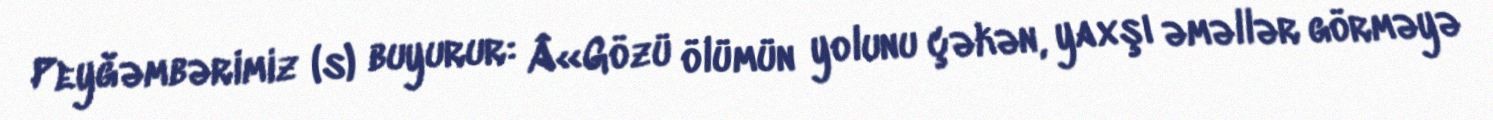
Peyğəmbərimiz (s) buyurur: Â«Gözü ölümün yolunu çəkən, yaxşı əməllər görməyə